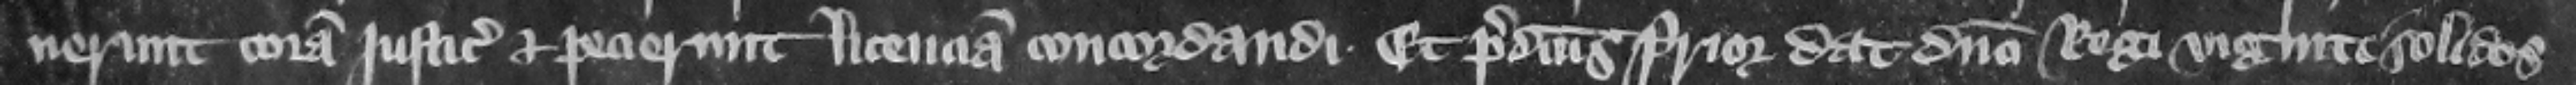
nerunt coram justiciariis et pecierunt licenciam concordandi. Et predictus prior dat domino regi viginti solidos